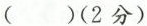
（）（2分）